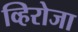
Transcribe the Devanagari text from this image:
व्हिरोजा